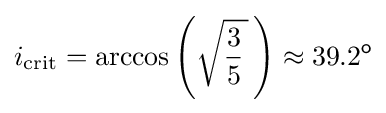
i_{\mathrm {crit} }=\arccos \left({\sqrt {{\frac {3}{5}}\,}}\,\right)\approx 39.2^{\mathsf {o}}